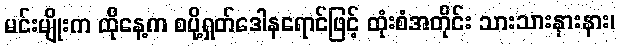
မင်းမျိုးက ထိုနေ့က စပို့ရှတ်ဒေါနရောင်ဖြင့် ထုံးစံအတိုင်း သားသားနားနား၊